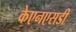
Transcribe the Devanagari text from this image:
केएनएसडी